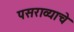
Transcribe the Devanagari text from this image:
पसराव्याचे